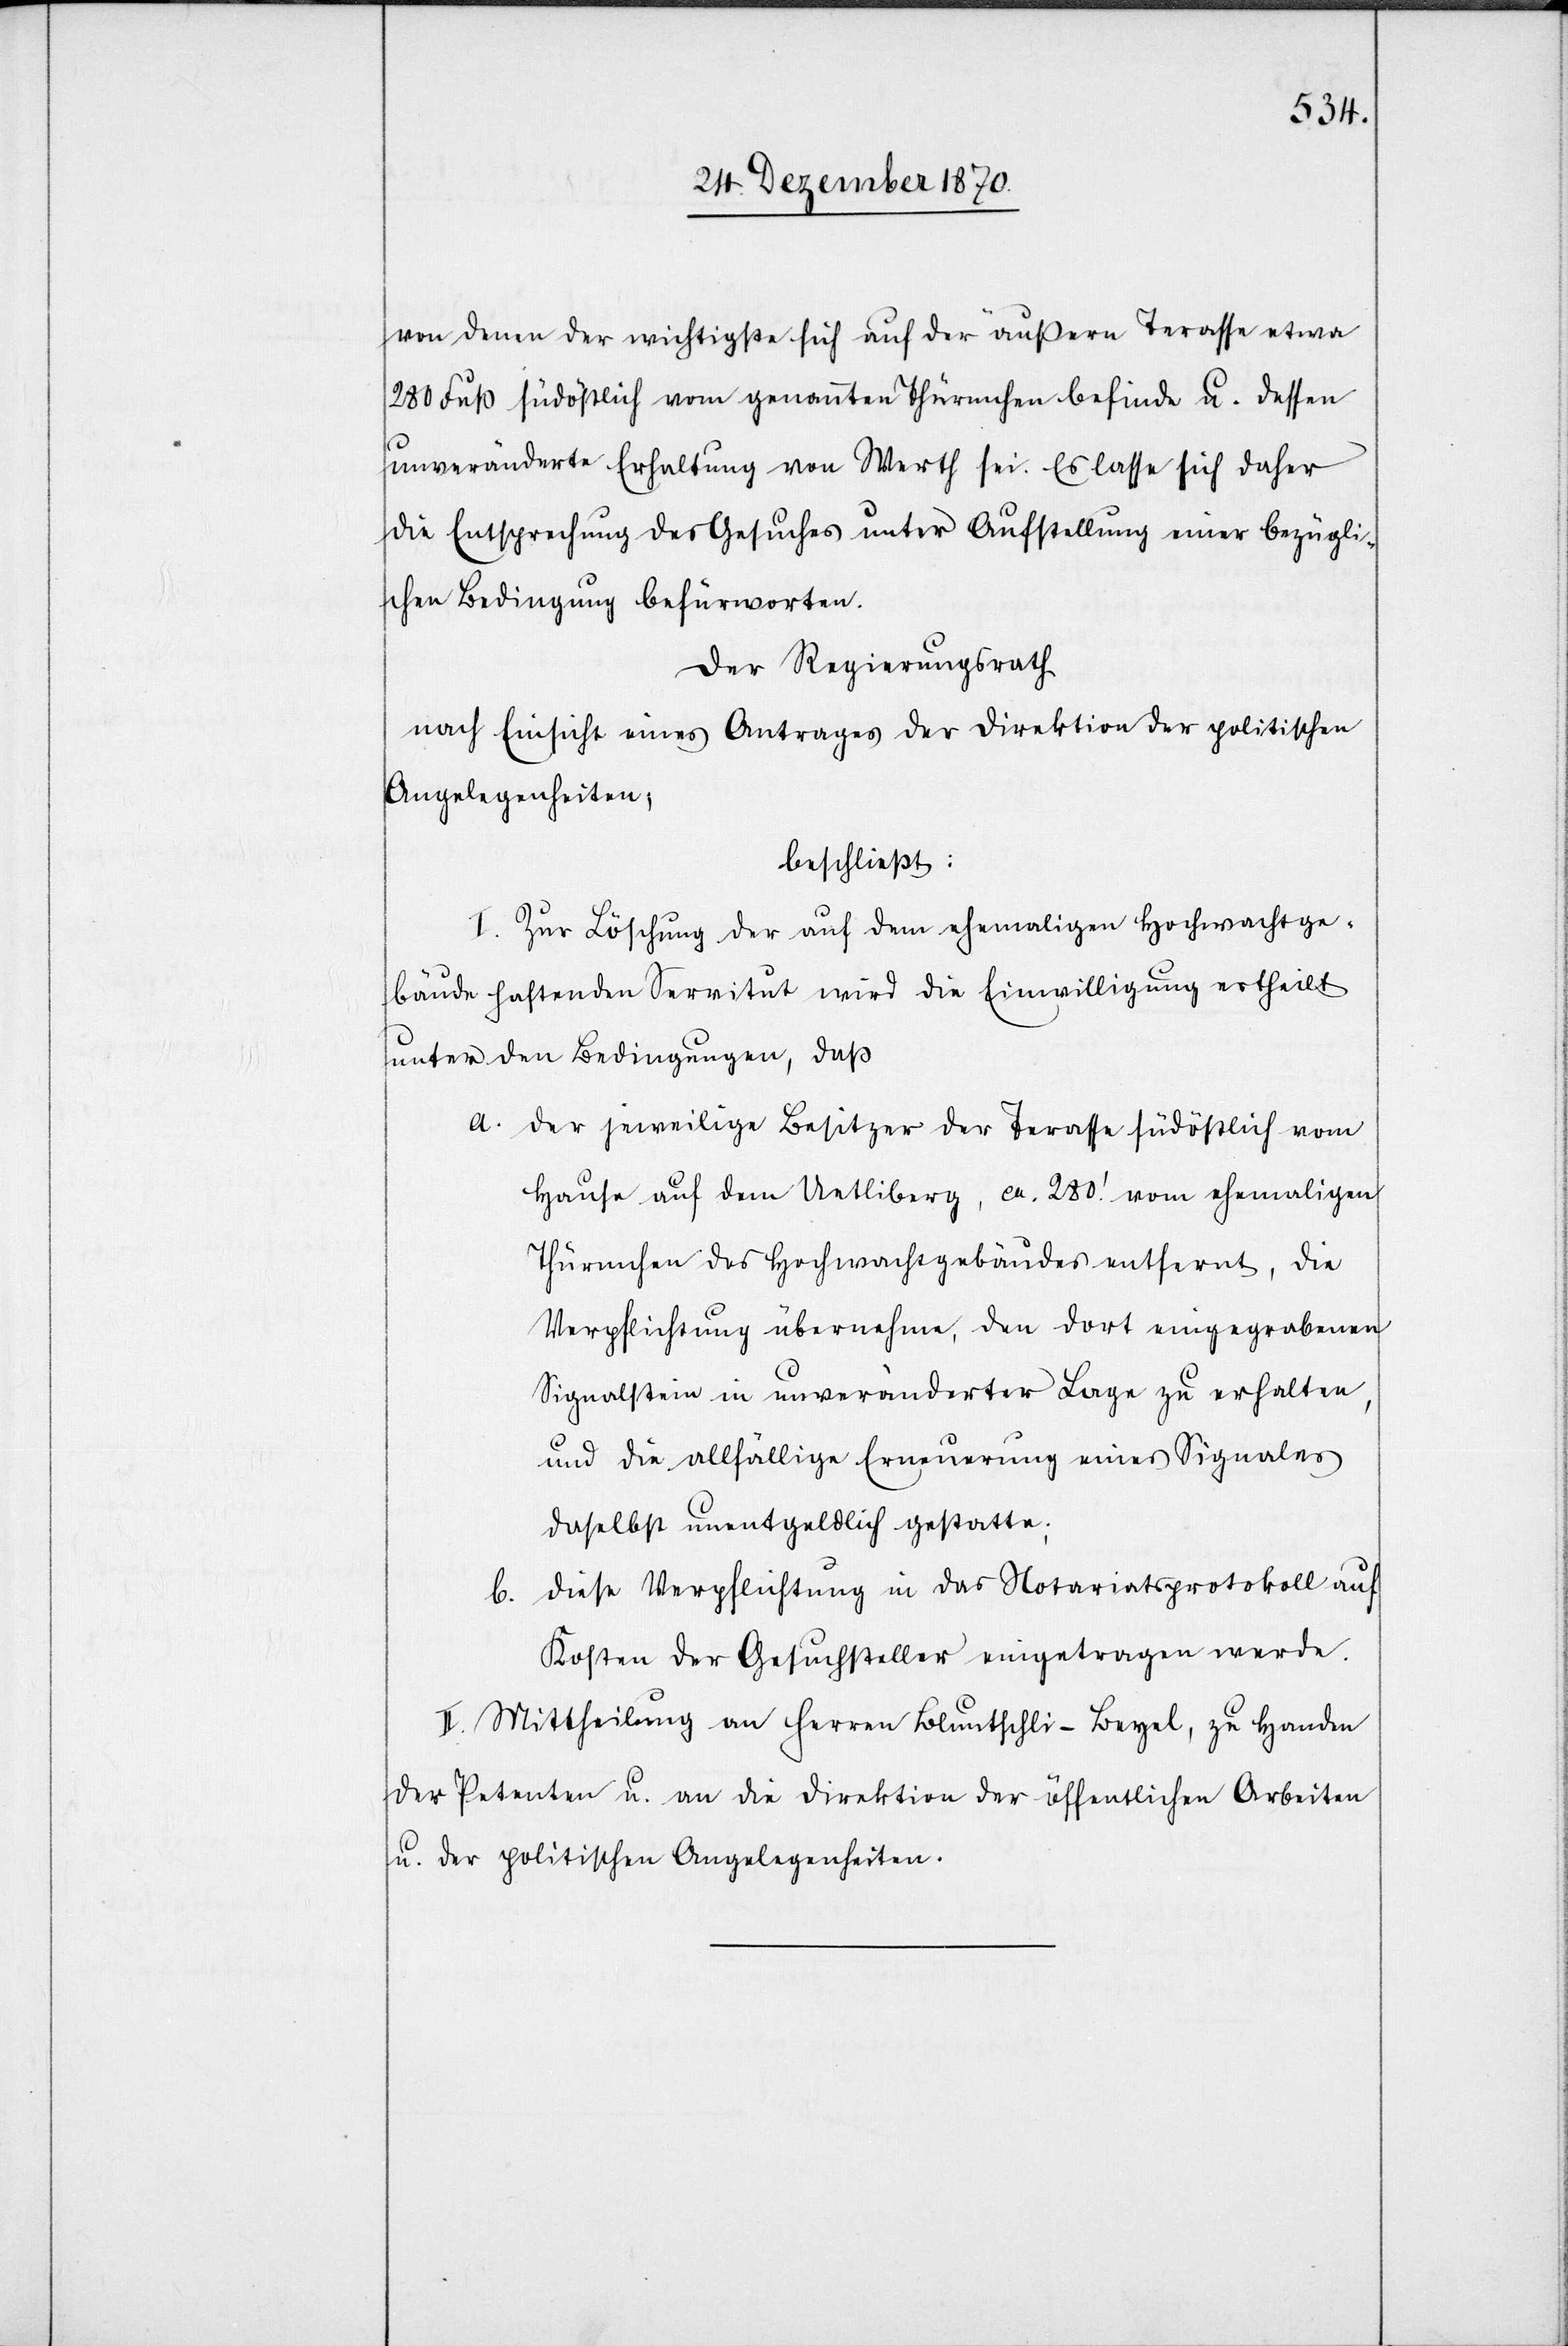
von denen der wichtigste sich auf der äußern Terasse etwa
280 Fuß südöstlich vom genannten Thürmchen befinde u. dessen
unveränderte Erhaltung von Werth sei. Es lasse sich daher
die Entsprechung des Gesuches unter Aufstellung einer bezügli¬
chen Bedingung befürworten.
Der Regierungsrath
nach Einsicht eines Antrages der Direktion der politischen
Angelegenheiten;
beschließt:
I. Zur Löschung der auf dem ehemaligen Hochwachtge¬
bäude haftenden Servitut wird die Einwilligung ertheilt
unter den Bedingungen, daß
a. der jeweilige Besitzer der Terasse südöstlich vom
Hause auf dem Uetliberg, ca. 280’ vom ehemaligen
Thürmchen des Hochwachtgebäudes entfernt, die
Verpflichtung übernehme, den dort eingegrabenen
Signalstein in unveränderter Lage zu erhalten,
und die allfällige Erneuerung eines Signales
daselbst unentgeldlich gestatte;
b. diese Verpflichtung in das Notariatsprotokoll auf
Kosten der Gesuchsteller eingetragen werde.
II. Mittheilung an Herren Bluntschli-Beyel, zu Handen
der Petenten u. an die Direktion der öffentlichen Arbeiten
u. der politischen Angelegenheiten.